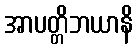
အာပတ္တိဘယာနိ